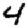
Digit: 4